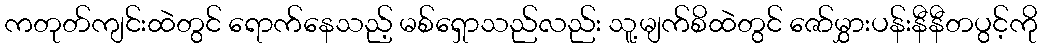
ကတုတ်ကျင်းထဲတွင် ရောက်နေသည့် မစ်ရှောသည်လည်း သူ့မျက်စိထဲတွင် ဇော်မွှားပန်းနီနီတပွင့်ကို